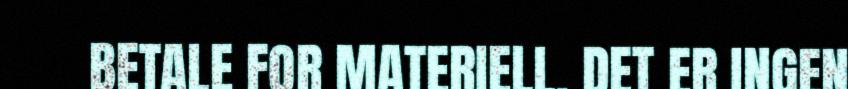
BETALE FOR MATERIELL. DET ER INGEN